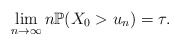
\begin{align*}\lim_{n\to\infty}n\mathbb{P}(X_0>u_n) =\tau.\end{align*}